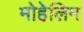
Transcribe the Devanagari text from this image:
मोहेलिम